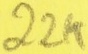
Text: 22K